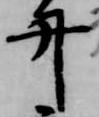
弁